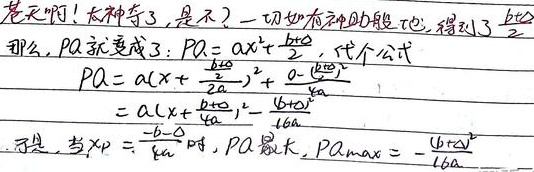
老天啊！太神奇了，是不？一切如有神助般地，得到了
那么，\(PA\)就变成了：\(PA = ax^{2}+bx\)，代个公式，得到了
\begin{align*}
PA&=a\left(x + \frac{b}{2a}\right)^{2}+ 0-\frac{b^{2}}{4a}\\
&=a\left(x+\frac{b}{2a}\right)^{2}-\frac{b^{2}}{4a}\\
\end{align*}
于是，当\(x_{P}=-\frac{b}{2a}\)时，\(PA\)最大，\(PA_{max}=-\frac{b^{2}}{4a}\)